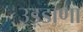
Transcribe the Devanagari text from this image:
उड़्डाणा